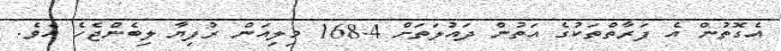
އެގޮތުން އެ ފަރާތްތަކުގެ އަތުން ދައުލަތަށް 168.4 މިލިއަން ރުފިޔާ ލިބެންޖެހެ އެވެ.